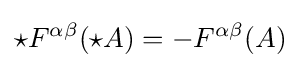
\star F^{\alpha \beta }(\star A)=-F^{\alpha \beta }(A)